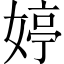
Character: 婷